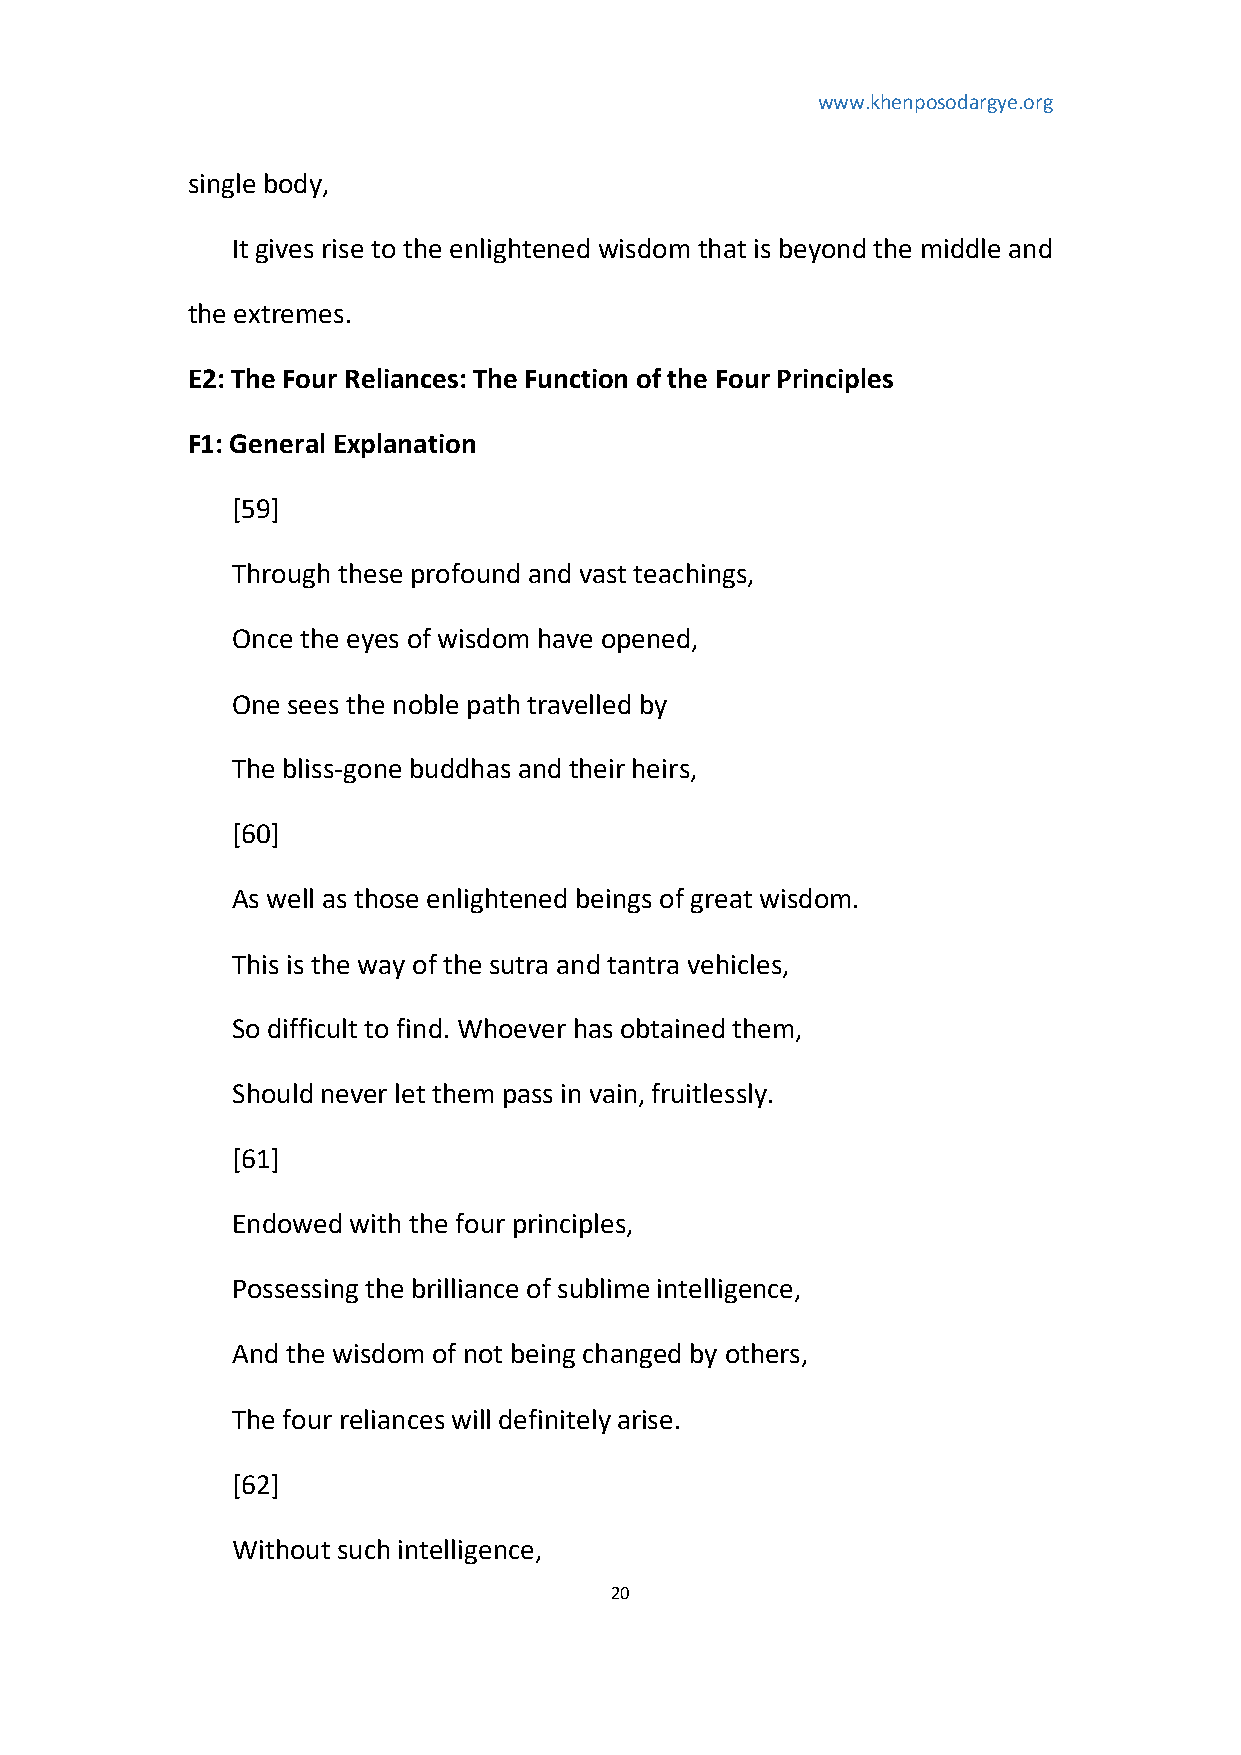
www.khenposodargye.org
 single body,
 It gives rise to the enlightened wisdom that is beyond the middle and
 the extremes.
 E2: The Four Reliances: The Function of the Four Principles
 F1: General Explanation
 [59]
 Through these profound and vast teachings,
 Once the eyes of wisdom have opened,
 One sees the noble path travelled by
 The bliss-gone buddhas and their heirs,
 [60]
 As well as those enlightened beings of great wisdom.
 This is the way of the sutra and tantra vehicles,
 So difficult to find. Whoever has obtained them,
 Should never let them pass in vain, fruitlessly.
 [61]
 Endowed with the four principles,
 Possessing the brilliance of sublime intelligence,
 And the wisdom of not being changed by others,
 The four reliances will definitely arise.
 [62]
 Without such intelligence,
 20